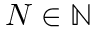
N \in \ensuremath { \mathbb { N } }